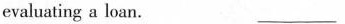
evaluating a loan. ___